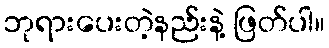
ဘုရားပေးတဲ့နည်းနဲ့ ဖြတ်ပါ။